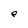
Character: e